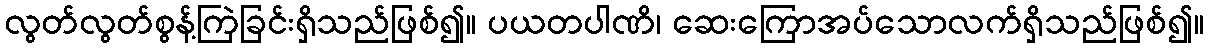
လွတ်လွတ်စွန့်ကြဲခြင်းရှိသည်ဖြစ်၍။ ပယတပါဏိ၊ ဆေးကြောအပ်သောလက်ရှိသည်ဖြစ်၍။